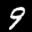
Label: 9